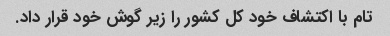
تام با اکتشاف خود کل کشور را زیر گوش خود قرار داد.